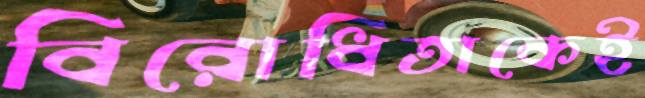
বিরোধিতাকেই